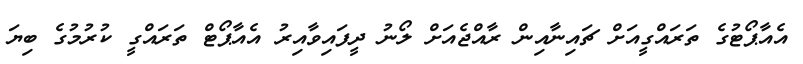
އެއާޕޯޓުގެ ތަރައްގީއަށް ޗައިނާއިން ރާއްޖެއަށް ލޯނު ދީފައިވާއިރު އެއާޕޯޓް ތަރައްގީ ކުރުމުގެ ބިޔަ